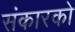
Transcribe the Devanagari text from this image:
संकारको